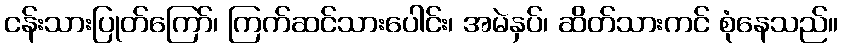
ငန်းသားပြုတ်ကြော်၊ ကြက်ဆင်သားပေါင်း၊ အမဲနှပ်၊ ဆိတ်သားကင် စုံနေသည်။